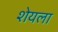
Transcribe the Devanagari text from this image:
शेयला